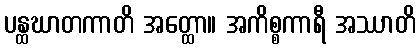
ပန္ထဃာတကာတိ အတ္ထော။ အကိစ္စကာရီ အဿာတိ